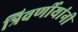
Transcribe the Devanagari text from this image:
त्रिवर्णीयांनी